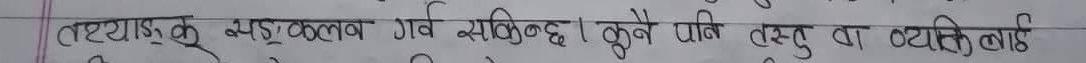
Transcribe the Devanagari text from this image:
तष्ट्याङ्क भङ्गकुल गर्व सकिन्छ। कुनै पनि तस्तु वा व्यक्तिलाई